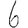
Digit: 6